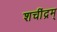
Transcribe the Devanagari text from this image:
शचींद्रम्